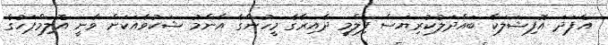
އެފަދަ އޮފިޝަލަކާ ބައްދަލުކުރިޔަސް ފިލްމީ ދާއިރާގެ މީހުންގެ އާންމު ޝަކުވާއަކަށް ވާނީ އޮލިމްޕަހުގެ